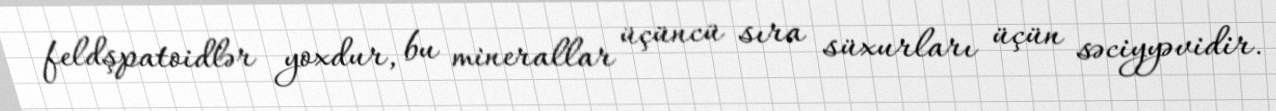
feldşpatoidlər yoxdur, bu minerallar üçüncü sıra süxurları üçün səciyyəvidir.